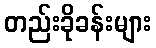
တည်းခိုခန်းများ